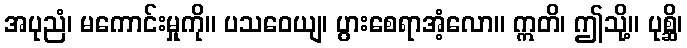
အပုညံ၊ မကောင်းမှုကို။ ပသဝေယျ၊ ပွားစေရာအံ့လော။ ဣတိ၊ ဤသို့။ ပုစ္ဆိ၊